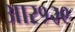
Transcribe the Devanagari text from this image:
आर१२९